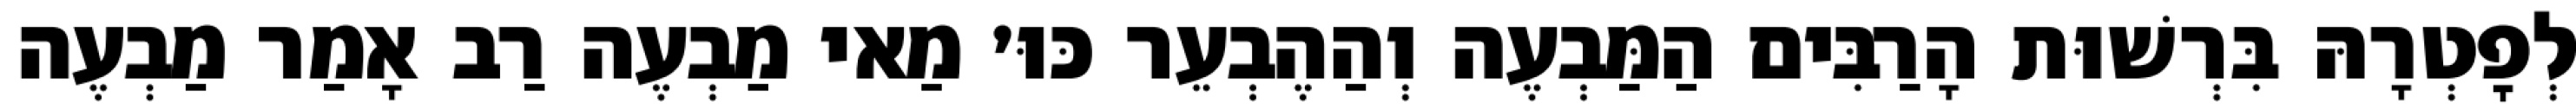
לְפׇטְרָהּ בִּרְשׁוּת הָרַבִּים הַמַּבְעֶה וְהַהֶבְעֵר כּוּ׳ מַאי מַבְעֶה רַב אָמַר מַבְעֶה